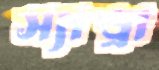
স্যান্ড্রা